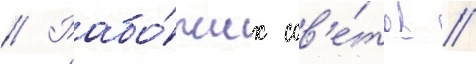
// Рабо́чих сов'е́тов //